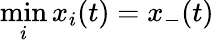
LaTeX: \operatorname*{min}_{i}x_{i}(t)=x_{-}(t)